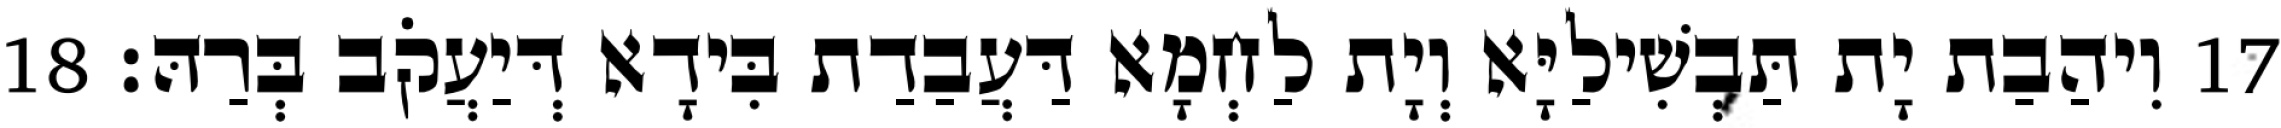
17 וִיהַבַת יָת תַּבְשִׁילַיָּא וְיָת לַחְמָא דַּעֲבַדַת בִּידָא דְּיַעֲקֹב בְּרַהּ׃ 18